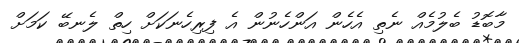
މާބޮޑު ބެލުމެއް ނެތި އެހެން އަންހެނުން އެ ފިރިހެނަކަށް ހިތް ލެނބޭ ކަމަށް